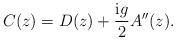
LaTeX: \begin{gather*}C(z)=D(z)+\frac{\mathrm{i} g}{2}A''(z).\end{gather*}